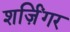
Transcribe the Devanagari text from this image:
शर्ज़िंगर